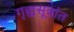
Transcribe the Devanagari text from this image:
गृह्यसूत्रांत